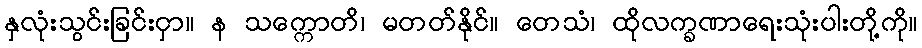
နှလုံးသွင်းခြင်းငှာ။ န သက္ကောတိ၊ မတတ်နိုင်။ တေသံ၊ ထိုလက္ခဏာရေးသုံးပါးတို့ကို။